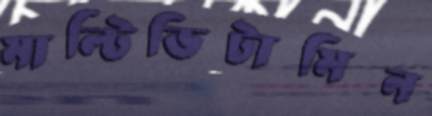
মাল্টিভিটামিন